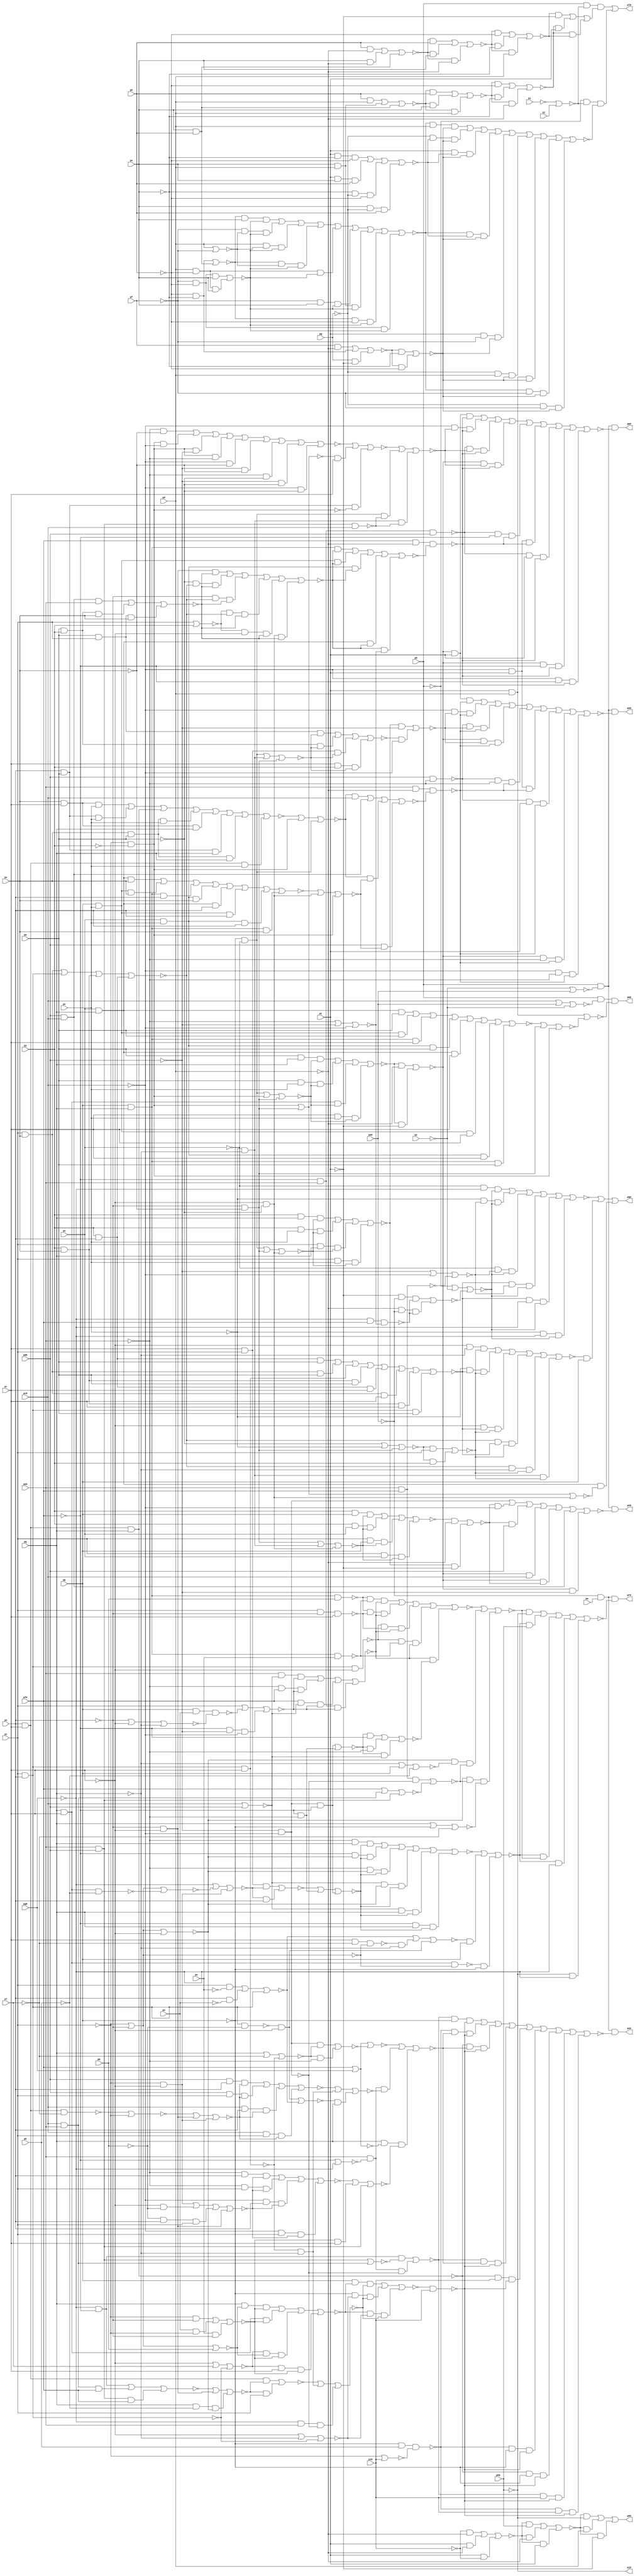
// Benchmark "top" written by ABC on Fri Mar 31 12:08:23 2023

module top ( 
    pp, pa0, pq, pr, pc0, ps, pd0, pt, pe0, pu, pf0, pv, pg0, pw, ph0, px,
    pi0, py, pz, pa, pb, pc, pd, pe, pf, pg, ph, pi, pj, pk, pl, pm, pn,
    po,
    pj0, pk0, pl0, pm0, pn0, po0, pp0, pq0, pr0, ps0  );
  input  pp, pa0, pq, pr, pc0, ps, pd0, pt, pe0, pu, pf0, pv, pg0, pw,
    ph0, px, pi0, py, pz, pa, pb, pc, pd, pe, pf, pg, ph, pi, pj, pk, pl,
    pm, pn, po;
  output pj0, pk0, pl0, pm0, pn0, po0, pp0, pq0, pr0, ps0;
  wire new_np_, new_na0_, new_nq_, new_nr_, new_nc0_, new_ns_, new_nd0_,
    new_nt_, new_ne0_, new_nu_, new_nf0_, new_nv_, new_ng0_, new_nw_,
    new_nh0_, new_nx_, new_ni0_, new_ny_, new_nz_, new_na_, new_nb_,
    new_nc_, new_nd_, new_ne_, new_nf_, new_ng_, new_nh_, new_ni_, new_nj_,
    new_nk_, new_nl_, new_nm_, new_nn_, new_no_, new_np0_, new_nj1_,
    new_n_n435_, new_n_n426_, new_n_n418_, new_n_n411_, new_n_n402_,
    new_n_n395_, new_n_n386_, new_n_n376_, new_n_n367_, new_n_n360_,
    new_nc3_, new_n_n346_, new_n_n338_, new_n_n329_, new_n_n320_, new_nq3_,
    new_n_n300_, new_n_n293_, new_no4_, new_nt4_, new_n_n277_, new_n_n273_,
    new_nk5_, new_np5_, new_nh6_, new_n_n232_, new_n_n224_, new_nu6_,
    new_n_n210_, new_n_n201_, new_n_n193_, new_n_n158_, new_n_n147_,
    new_n_n136_, new_n_n125_, new_n_n114_, new_n_n103_, new_nk0_, new_no0_,
    new_n_n443_, new_nt1_, new_nx1_, new_n_n419_, new_n_n410_, new_nh2_,
    new_nn2_, new_n_n387_, new_n_n385_, new_n_n366_, new_n_n361_, new_nw5_,
    new_nf3_, new_n_n337_, new_n_n330_, new_n_n319_, new_n_n313_,
    new_n_n299_, new_n_n294_, new_np4_, new_ns4_, new_ny4_, new_nh5_,
    new_n_n264_, new_n_n258_, new_n_n245_, new_n_n231_, new_n_n225_,
    new_n_n218_, new_n_n211_, new_na7_, new_n_n194_, new_n_n157_,
    new_n_n148_, new_n_n135_, new_n_n126_, new_n_n113_, new_n_n104_,
    new_n_n442_, new_n_n433_, new_nw1_, new_n_n420_, new_n_n409_, new_ni2_,
    new_n_n396_, new_nq2_, new_nu2_, new_nz2_, new_n_n353_, new_ne3_,
    new_n_n336_, new_nl3_, new_nm3_, new_n_n314_, new_n_n298_, new_n_n292_,
    new_n_n291_, new_n_n284_, new_n_n276_, new_n_n271_, new_ni5_,
    new_n_n259_, new_n_n244_, new_n_n239_, new_nn6_, new_n_n217_,
    new_n_n208_, new_n_n203_, new_ne7_, new_nk7_, new_n_n167_, new_n_n134_,
    new_n_n123_, new_n_n116_, new_n_n105_, new_n_n441_, new_n_n434_,
    new_n_n427_, new_n_n421_, new_n_n408_, new_n_n401_, new_nm2_,
    new_n_n388_, new_nv2_, new_n_n359_, new_nb3_, new_n_n347_, new_n_n335_,
    new_n_n328_, new_n_n321_, new_np3_, new_n_n297_, new_nh4_, new_n_n290_,
    new_n_n285_, new_nz4_, new_n_n272_, new_nj5_, new_n_n260_, new_nd6_,
    new_ni6_, new_nk6_, new_n_n216_, new_n_n209_, new_n_n202_, new_n_n195_,
    new_n_n173_, new_nq7_, new_n_n133_, new_n_n124_, new_n_n115_,
    new_n_n106_, new_n_n450_, new_nr0_, new_n_n429_, new_nz1_, new_n_n382_,
    new_n_n374_, new_n_n348_, new_nj3_, new_n_n311_, new_nz3_, new_nb5_,
    new_n_n269_, new_n_n254_, new_nv5_, new_nv6_, new_ny6_, new_n_n198_,
    new_n_n190_, new_n_n181_, new_n_n132_, new_n_n121_, new_n_n110_,
    new_n_n99_, new_n_n9_, new_nl0_, new_n_n446_, new_n_n428_, new_ny1_,
    new_n_n381_, new_nt2_, new_n_n354_, new_n_n327_, new_nt3_, new_n_n304_,
    new_nc5_, new_n_n270_, new_nq5_, new_n_n249_, new_nw6_, new_n_n207_,
    new_n_n191_, new_ng7_, new_n_n182_, new_n_n131_, new_n_n122_,
    new_n_n109_, new_n_n100_, new_n_n452_, new_n_n447_, new_nh1_, new_ns1_,
    new_n_n384_, new_n_n375_, new_n_n362_, new_n_n318_, new_ns3_,
    new_n_n305_, new_n_n263_, new_n_n256_, new_n_n250_, new_n_n215_,
    new_n_n200_, new_n_n192_, new_n_n130_, new_n_n119_, new_n_n112_,
    new_n_n101_, new_n_n451_, new_nq0_, new_n_n444_, new_n_n436_,
    new_n_n383_, new_ns2_, new_n_n368_, new_nr3_, new_n_n312_, new_ny3_,
    new_nm5_, new_n_n257_, new_n_n255_, new_n_n206_, new_n_n199_, new_nf7_,
    new_n_n129_, new_n_n120_, new_n_n111_, new_n_n102_, new_nm0_,
    new_n_n445_, new_nk2_, new_n_n393_, new_n_n379_, new_n_n370_,
    new_n_n363_, new_n_n317_, new_n_n309_, new_n_n301_, new_nf4_, new_nn4_,
    new_ns5_, new_nx5_, new_ng6_, new_n_n234_, new_n_n226_, new_n_n187_,
    new_nj7_, new_no7_, new_n_n161_, new_n_n150_, new_n_n139_, new_n_n5_,
    new_nn0_, new_nf1_, new_n_n400_, new_n_n394_, new_n_n378_, new_n_n371_,
    new_n_n355_, new_n_n326_, new_n_n308_, new_na4_, new_ng4_, new_nm4_,
    new_nt5_, new_n_n246_, new_n_n241_, new_n_n235_, new_nt6_, new_ni7_,
    new_n_n178_, new_n_n169_, new_n_n162_, new_n_n149_, new_n_n140_,
    new_n_n6_, new_n_n449_, new_ne1_, new_n_n414_, new_n_n406_,
    new_n_n380_, new_n_n372_, new_n_n349_, new_n_n334_, new_nw3_,
    new_n_n302_, new_n_n287_, new_nw4_, new_nr5_, new_n_n247_, new_n_n240_,
    new_n_n228_, new_ns6_, new_n_n189_, new_n_n179_, new_n_n168_,
    new_n_n159_, new_n_n152_, new_n_n141_, new_n_n7_, new_n_n448_,
    new_ns0_, new_nd2_, new_n_n407_, new_nr2_, new_n_n373_, new_ni3_,
    new_n_n343_, new_n_n310_, new_n_n303_, new_n_n286_, new_nv4_,
    new_n_n253_, new_n_n248_, new_n_n233_, new_n_n227_, new_n_n222_,
    new_n_n188_, new_n_n180_, new_np7_, new_n_n160_, new_n_n151_,
    new_n_n142_, new_n_n8_, new_n_n440_, new_n_n431_, new_n_n423_,
    new_n_n415_, new_ne2_, new_n_n404_, new_n_n397_, new_n_n389_,
    new_n_n365_, new_n_n358_, new_n_n350_, new_n_n344_, new_n_n342_,
    new_n_n333_, new_n_n323_, new_no3_, new_n_n296_, new_nj4_, new_nr4_,
    new_n_n281_, new_nx4_, new_n_n274_, new_n_n266_, new_no5_, new_nu5_,
    new_ne6_, new_n_n237_, new_nm6_, new_n_n223_, new_n_n214_, new_n_n204_,
    new_n_n196_, new_n_n184_, new_n_n174_, new_n_n172_, new_n_n165_,
    new_n_n154_, new_n_n143_, new_n_n118_, new_n_n107_, new_n_n1_,
    new_n_n439_, new_n_n432_, new_n_n422_, new_n_n416_, new_n_n413_,
    new_n_n405_, new_nl2_, new_n_n390_, new_n_n364_, new_na3_, new_nd3_,
    new_nh3_, new_n_n341_, new_nk3_, new_n_n322_, new_nn3_, new_n_n295_,
    new_ni4_, new_n_n288_, new_n_n282_, new_n_n280_, new_n_n275_,
    new_n_n265_, new_nn5_, new_nc6_, new_n_n243_, new_n_n238_, new_n_n229_,
    new_nq6_, new_n_n221_, new_nz6_, new_n_n197_, new_n_n183_, new_n_n175_,
    new_nl7_, new_n_n166_, new_n_n153_, new_n_n144_, new_n_n117_,
    new_n_n108_, new_n_n2_, new_n_n438_, new_nu1_, new_n_n425_,
    new_n_n417_, new_n_n412_, new_ng2_, new_n_n399_, new_n_n391_,
    new_n_n377_, new_nw2_, new_n_n356_, new_n_n352_, new_ng3_, new_n_n340_,
    new_n_n331_, new_n_n325_, new_n_n315_, new_n_n307_, new_nc4_, new_nd4_,
    new_nl4_, new_n_n289_, new_n_n283_, new_n_n279_, new_ng5_, new_n_n268_,
    new_n_n261_, new_n_n252_, new_nb6_, new_n_n242_, new_n_n236_, new_nl6_,
    new_np6_, new_n_n220_, new_n_n212_, new_nb7_, new_n_n186_, new_n_n176_,
    new_n_n171_, new_n_n163_, new_n_n156_, new_n_n145_, new_n_n138_,
    new_n_n127_, new_n_n3_, new_n_n437_, new_n_n430_, new_n_n424_,
    new_na2_, new_nf2_, new_n_n403_, new_n_n398_, new_n_n392_, new_n_n369_,
    new_ny2_, new_n_n357_, new_n_n351_, new_n_n345_, new_n_n339_,
    new_n_n332_, new_n_n324_, new_n_n316_, new_n_n306_, new_nb4_, new_ne4_,
    new_nk4_, new_nq4_, new_nu4_, new_n_n278_, new_nf5_, new_n_n267_,
    new_n_n262_, new_n_n251_, new_ny5_, new_nf6_, new_nj6_, new_n_n230_,
    new_no6_, new_n_n219_, new_n_n213_, new_n_n205_, new_n_n185_,
    new_n_n177_, new_n_n170_, new_n_n164_, new_n_n155_, new_n_n146_,
    new_n_n137_, new_n_n128_, new_n_n4_, new_n_n93_, new_n_n82_,
    new_n_n71_, new_n_n61_, new_n_n50_, new_n_n94_, new_n_n81_, new_n_n72_,
    new_n_n60_, new_n_n51_, new_n_n95_, new_n_n80_, new_n_n69_, new_n_n63_,
    new_n_n52_, new_n_n96_, new_n_n79_, new_n_n70_, new_n_n62_, new_n_n53_,
    new_n_n0_, new_n_n97_, new_n_n43_, new_n_n32_, new_n_n21_, new_n_n10_,
    new_n_n98_, new_n_n42_, new_n_n33_, new_n_n20_, new_n_n11_, new_n_n41_,
    new_n_n30_, new_n_n23_, new_n_n12_, new_n_n40_, new_n_n31_, new_n_n22_,
    new_n_n13_, new_n_n68_, new_n_n58_, new_n_n47_, new_n_n36_, new_n_n25_,
    new_n_n14_, new_n_n67_, new_n_n59_, new_n_n46_, new_n_n37_, new_n_n24_,
    new_n_n15_, new_n_n88_, new_n_n77_, new_n_n45_, new_n_n34_, new_n_n27_,
    new_n_n16_, new_n_n87_, new_n_n78_, new_n_n44_, new_n_n35_, new_n_n26_,
    new_n_n17_, new_n_n89_, new_n_n86_, new_n_n75_, new_n_n64_, new_n_n54_,
    new_n_n29_, new_n_n18_, new_n_n90_, new_n_n85_, new_n_n76_, new_nj0_,
    new_n_n55_, new_n_n28_, new_n_n19_, new_n_n91_, new_n_n84_, new_n_n73_,
    new_n_n66_, new_n_n56_, new_n_n49_, new_n_n38_, new_n_n92_, new_n_n83_,
    new_n_n74_, new_n_n65_, new_n_n57_, new_n_n48_, new_n_n39_;
  assign new_np_ = pp;
  assign new_na0_ = pa0;
  assign new_nq_ = pq;
  assign new_nr_ = pr;
  assign new_nc0_ = pc0;
  assign new_ns_ = ps;
  assign new_nd0_ = pd0;
  assign new_nt_ = pt;
  assign new_ne0_ = pe0;
  assign new_nu_ = pu;
  assign new_nf0_ = pf0;
  assign new_nv_ = pv;
  assign new_ng0_ = pg0;
  assign new_nw_ = pw;
  assign new_nh0_ = ph0;
  assign new_nx_ = px;
  assign new_ni0_ = pi0;
  assign new_ny_ = py;
  assign pj0 = new_nj0_;
  assign new_nz_ = pz;
  assign pk0 = new_nk0_;
  assign pl0 = new_nl0_;
  assign pm0 = new_nm0_;
  assign pn0 = new_nn0_;
  assign po0 = new_no0_;
  assign pp0 = new_np0_;
  assign new_na_ = pa;
  assign pq0 = new_nq0_;
  assign new_nb_ = pb;
  assign pr0 = new_nr0_;
  assign new_nc_ = pc;
  assign ps0 = new_ns0_;
  assign new_nd_ = pd;
  assign new_ne_ = pe;
  assign new_nf_ = pf;
  assign new_ng_ = pg;
  assign new_nh_ = ph;
  assign new_ni_ = pi;
  assign new_nj_ = pj;
  assign new_nk_ = pk;
  assign new_nl_ = pl;
  assign new_nm_ = pm;
  assign new_nn_ = pn;
  assign new_no_ = po;
  assign new_np0_ = new_nb_ & new_n_n8_ & new_n_n7_;
  assign new_nj1_ = new_n_n438_ | new_n_n437_ | new_n_n443_ | new_n_n436_ | new_n_n442_ | new_n_n441_ | new_n_n440_ | new_n_n439_;
  assign new_n_n435_ = new_n_n129_ & new_n_n133_;
  assign new_n_n426_ = new_n_n18_ & new_n_n161_;
  assign new_n_n418_ = new_nt_ & new_nq_ & new_n_n20_;
  assign new_n_n411_ = new_n_n133_ & new_n_n131_ & new_n_n23_;
  assign new_n_n402_ = new_n_n25_ & new_n_n133_;
  assign new_n_n395_ = new_n_n107_ & new_n_n49_;
  assign new_n_n386_ = new_nu_ & new_nq_ & new_ns_;
  assign new_n_n376_ = new_nr_ & new_nt_ & new_n_n32_;
  assign new_n_n367_ = new_n_n33_ & new_n_n35_ & new_n_n34_;
  assign new_n_n360_ = new_np_ & new_nv_ & new_n_n40_;
  assign new_nc3_ = new_n_n351_ | new_nw5_ | new_n_n350_ | new_n_n352_;
  assign new_n_n346_ = new_n_n44_ & new_nr_;
  assign new_n_n338_ = new_n_n131_ & new_n_n63_;
  assign new_n_n329_ = new_n_n140_ & new_n_n52_ & new_n_n47_;
  assign new_n_n320_ = new_nt_ & new_nx_ & new_nr_;
  assign new_nq3_ = new_n_n121_ & new_nf0_ & new_n_n59_;
  assign new_n_n300_ = new_n_n122_ & new_nq_ & new_n_n74_;
  assign new_n_n293_ = new_nr_ & new_nt_ & new_n_n76_;
  assign new_no4_ = new_n_n124_ | new_np_ | new_n_n119_;
  assign new_nt4_ = new_nt_ & new_ns_ & new_n_n140_;
  assign new_n_n277_ = new_nf0_ & new_n_n91_ & new_n_n90_;
  assign new_n_n273_ = new_n_n94_ & new_ni0_ & new_n_n96_;
  assign new_nk5_ = new_n_n263_ | new_n_n264_;
  assign new_np5_ = new_n_n255_ | new_n_n257_ | new_n_n254_ | new_n_n256_;
  assign new_nh6_ = new_nq_ | new_n_n142_ | new_n_n130_;
  assign new_n_n232_ = new_n_n140_ & new_n_n134_;
  assign new_n_n224_ = new_n_n143_ & new_n_n140_;
  assign new_nu6_ = new_n_n218_ | new_n_n217_ | new_n_n216_;
  assign new_n_n210_ = new_n_n149_ & new_nd_ & new_n_n147_;
  assign new_n_n201_ = new_n_n152_ & new_nd_;
  assign new_n_n193_ = new_ne_ & new_nd_;
  assign new_n_n158_ = ~new_no7_;
  assign new_n_n147_ = ~new_nk7_;
  assign new_n_n136_ = ~new_nm4_;
  assign new_n_n125_ = ~new_nl6_;
  assign new_n_n114_ = ~new_nt5_;
  assign new_n_n103_ = ~new_nb6_;
  assign new_nk0_ = new_n_n452_ | new_n_n451_ | new_n_n450_;
  assign new_no0_ = new_nb_ & new_n_n8_ & new_n_n6_;
  assign new_n_n443_ = new_np_ & new_nq_ & new_nr_;
  assign new_nt1_ = new_n_n435_ | new_n_n434_ | new_n_n433_ | new_n_n432_ | new_n_n430_ | new_n_n400_ | new_n_n431_;
  assign new_nx1_ = new_n_n423_ | new_n_n425_ | new_n_n422_ | new_n_n424_;
  assign new_n_n419_ = new_ny_ & new_nq_ & new_n_n20_;
  assign new_n_n410_ = new_n_n22_ & new_n_n131_ & new_n_n23_;
  assign new_nh2_ = new_n_n401_ | new_n_n402_;
  assign new_nn2_ = new_n_n390_ | new_n_n389_ | new_nj5_ | new_n_n388_ | new_n_n394_ | new_n_n393_ | new_n_n392_ | new_n_n391_;
  assign new_n_n387_ = new_np_ & new_nq_ & new_ns_;
  assign new_n_n385_ = new_np_ & new_nv_ & new_ns_;
  assign new_n_n366_ = new_n_n36_ & new_n_n35_ & new_n_n34_;
  assign new_n_n361_ = new_nu_ & new_nq_ & new_n_n40_;
  assign new_nw5_ = new_ns_ & new_nt_;
  assign new_nf3_ = new_n_n43_ | new_n_n346_ | new_n_n345_;
  assign new_n_n337_ = new_n_n143_ & new_n_n46_ & new_n_n133_;
  assign new_n_n330_ = new_n_n62_ & new_n_n52_ & new_n_n47_;
  assign new_n_n319_ = new_ny_ & new_nx_ & new_nr_;
  assign new_n_n313_ = new_n_n162_ & new_n_n58_ & new_n_n57_;
  assign new_n_n299_ = new_n_n131_ & new_nq_ & new_n_n74_;
  assign new_n_n294_ = new_n_n76_ & new_ns_;
  assign new_np4_ = new_n_n289_ | new_n_n82_;
  assign new_ns4_ = new_nq_ & new_np_ & new_nm_;
  assign new_ny4_ = new_nt_ | new_n_n92_ | new_n_n276_;
  assign new_nh5_ = new_n_n268_ | new_n_n267_ | new_n_n266_ | new_n_n265_ | new_n_n272_ | new_n_n270_ | new_n_n269_ | new_n_n271_ | new_n_n273_;
  assign new_n_n264_ = new_ne0_ & new_n_n103_ & new_n_n115_;
  assign new_n_n258_ = new_n_n110_ & new_n_n109_ & new_n_n108_;
  assign new_n_n245_ = new_n_n130_ & new_n_n124_;
  assign new_n_n231_ = new_n_n134_ & new_ns_ & new_nt_;
  assign new_n_n225_ = new_n_n139_ & new_n_n140_;
  assign new_n_n218_ = new_n_n145_ & new_n_n161_;
  assign new_n_n211_ = new_nc_ & new_nd_ & new_n_n147_;
  assign new_na7_ = new_n_n200_ | new_n_n199_ | new_n_n198_;
  assign new_n_n194_ = new_nh_ & new_nd_;
  assign new_n_n157_ = ~new_np7_;
  assign new_n_n148_ = ~new_nj7_;
  assign new_n_n135_ = ~new_nn4_;
  assign new_n_n126_ = ~new_nj6_;
  assign new_n_n113_ = ~new_nx5_;
  assign new_n_n104_ = ~new_ne6_;
  assign new_n_n442_ = new_nu_ & new_nq_ & new_nr_;
  assign new_n_n433_ = new_n_n16_ & new_nd0_;
  assign new_nw1_ = new_n_n426_ | new_n_n427_;
  assign new_n_n420_ = new_nt_ & new_nv_ & new_n_n20_;
  assign new_n_n409_ = new_n_n36_ & new_n_n131_ & new_n_n23_;
  assign new_ni2_ = new_ne0_ & new_n_n161_ & new_n_n27_;
  assign new_n_n396_ = new_n_n140_ & new_n_n61_;
  assign new_nq2_ = new_n_n382_ | new_n_n381_ | new_n_n387_ | new_n_n380_ | new_n_n386_ | new_n_n385_ | new_n_n384_ | new_n_n383_;
  assign new_nu2_ = new_n_n122_ & new_ne0_ & new_nd0_;
  assign new_nz2_ = new_n_n131_ | new_n_n129_ | new_n_n133_;
  assign new_n_n353_ = new_n_n42_ & new_n_n48_ & new_n_n41_;
  assign new_ne3_ = new_ne0_ & new_nd0_ & new_nc0_;
  assign new_n_n336_ = new_n_n143_ & new_n_n46_ & new_n_n129_;
  assign new_nl3_ = new_n_n326_ | new_n_n324_ | new_n_n323_ | new_n_n322_ | new_n_n325_ | new_n_n327_;
  assign new_nm3_ = new_n_n317_ | new_n_n316_ | new_ns5_ | new_n_n315_ | new_n_n321_ | new_n_n320_ | new_n_n319_ | new_n_n318_;
  assign new_n_n314_ = new_n_n161_ & new_n_n58_ & new_n_n57_;
  assign new_n_n298_ = new_n_n91_ & new_nq_ & new_n_n74_;
  assign new_n_n292_ = new_n_n140_ & new_n_n143_;
  assign new_n_n291_ = new_nt_ & new_n_n80_;
  assign new_n_n284_ = new_n_n88_ & new_n_n87_ & new_n_n86_;
  assign new_n_n276_ = new_n_n122_ & new_n_n129_ & new_n_n133_;
  assign new_n_n271_ = new_n_n98_ & new_ni0_ & new_n_n96_;
  assign new_ni5_ = new_n_n107_ & new_nk_ & new_n_n99_;
  assign new_n_n259_ = new_n_n107_ & new_n_n109_ & new_n_n108_;
  assign new_n_n244_ = new_n_n125_ & new_nq_;
  assign new_n_n239_ = new_n_n143_ & new_n_n139_;
  assign new_nn6_ = new_n_n138_ | new_n_n225_ | new_n_n224_;
  assign new_n_n217_ = new_nc_ & new_n_n161_;
  assign new_n_n208_ = new_nc_ & new_n_n148_ & new_n_n147_;
  assign new_n_n203_ = new_n_n152_ & new_n_n164_;
  assign new_ne7_ = new_n_n194_ | new_n_n193_ | new_n_n187_;
  assign new_nk7_ = new_n_n172_ | new_n_n173_;
  assign new_n_n167_ = new_nd_ & new_n_n164_ & new_ne_;
  assign new_n_n134_ = ~new_nm_;
  assign new_n_n123_ = ~new_nm6_;
  assign new_n_n116_ = ~new_nu5_;
  assign new_n_n105_ = ~new_nd6_;
  assign new_n_n441_ = new_np_ & new_nv_ & new_nr_;
  assign new_n_n434_ = new_n_n16_ & new_n_n133_;
  assign new_n_n427_ = new_n_n18_ & new_n_n162_;
  assign new_n_n421_ = new_ny_ & new_nv_ & new_n_n20_;
  assign new_n_n408_ = new_n_n133_ & new_nc_ & new_n_n23_;
  assign new_n_n401_ = new_n_n26_ & new_n_n129_;
  assign new_nm2_ = new_n_n31_ | new_ng3_ | new_n_n395_;
  assign new_n_n388_ = new_nx_ & new_nw_ & new_nv_;
  assign new_nv2_ = new_n_n37_ | new_n_n365_ | new_n_n364_;
  assign new_n_n359_ = new_nu_ & new_nv_ & new_n_n40_;
  assign new_nb3_ = new_nt_ | new_ny_;
  assign new_n_n347_ = new_nw_ & new_nt_ & new_nx_;
  assign new_n_n335_ = new_n_n143_ & new_n_n46_ & new_n_n131_;
  assign new_n_n328_ = new_n_n48_ & new_n_n52_ & new_n_n47_;
  assign new_n_n321_ = new_ny_ & new_ns_ & new_nr_;
  assign new_np3_ = new_n_n313_ | new_n_n314_;
  assign new_n_n297_ = new_n_n122_ & new_n_n118_ & new_n_n74_;
  assign new_nh4_ = new_n_n121_ | new_n_n77_ | new_n_n292_;
  assign new_n_n290_ = new_ns_ & new_n_n81_;
  assign new_n_n285_ = new_n_n85_ & new_n_n87_ & new_n_n86_;
  assign new_nz4_ = new_np_ & new_no_ & new_n_n93_;
  assign new_n_n272_ = new_n_n95_ & new_ni0_ & new_n_n96_;
  assign new_nj5_ = new_ns_ & new_nr_ & new_nq_;
  assign new_n_n260_ = new_np_ & new_n_n110_ & new_n_n108_;
  assign new_nd6_ = new_nf0_ | new_ng0_;
  assign new_ni6_ = new_n_n239_ | new_n_n238_ | new_n_n237_;
  assign new_nk6_ = new_n_n224_ | new_n_n232_ | new_n_n231_ | new_n_n225_;
  assign new_n_n216_ = new_nc_ & new_n_n145_;
  assign new_n_n209_ = new_n_n159_ & new_n_n148_ & new_n_n147_;
  assign new_n_n202_ = new_n_n152_ & new_n_n163_;
  assign new_n_n195_ = new_n_n154_ & new_nd_;
  assign new_n_n173_ = new_n_n160_ & new_n_n164_;
  assign new_nq7_ = new_n_n166_ | new_n_n167_;
  assign new_n_n133_ = ~new_nc0_;
  assign new_n_n124_ = ~new_nq_;
  assign new_n_n115_ = ~new_nf5_;
  assign new_n_n106_ = ~new_no5_;
  assign new_n_n450_ = new_n_n0_ & new_n_n162_;
  assign new_nr0_ = new_n_n58_ & new_na_ & new_n_n12_;
  assign new_n_n429_ = new_n_n26_ & new_n_n162_;
  assign new_nz1_ = new_n_n419_ | new_n_n421_ | new_n_n418_ | new_n_n420_;
  assign new_n_n382_ = new_nu_ & new_nq_ & new_nx_;
  assign new_n_n374_ = new_n_n133_ & new_n_n122_ & new_n_n34_;
  assign new_n_n348_ = new_nw_ & new_ny_ & new_nx_;
  assign new_nj3_ = new_n_n344_ | new_n_n334_ | new_n_n412_;
  assign new_n_n311_ = new_n_n60_ & new_nt_;
  assign new_nz3_ = new_n_n70_ | new_n_n303_ | new_n_n302_;
  assign new_nb5_ = new_n_n139_ | new_n_n140_ | new_n_n124_;
  assign new_n_n269_ = new_n_n95_ & new_n_n107_ & new_n_n96_;
  assign new_n_n254_ = new_n_n113_ & new_n_n112_ & new_n_n111_;
  assign new_nv5_ = new_n_n248_ | new_n_n247_ | new_n_n246_;
  assign new_nv6_ = new_n_n146_ | new_nj_;
  assign new_ny6_ = new_n_n206_ | new_n_n205_ | new_n_n204_;
  assign new_n_n198_ = new_n_n153_ & new_n_n161_;
  assign new_n_n190_ = new_n_n155_ & new_n_n161_;
  assign new_n_n181_ = new_n_n158_ & new_ne_ & new_n_n156_;
  assign new_n_n132_ = ~new_nk6_;
  assign new_n_n121_ = ~new_ng0_;
  assign new_n_n110_ = ~new_np5_;
  assign new_n_n99_ = ~new_ns6_;
  assign new_n_n9_ = ~new_nl3_;
  assign new_nl0_ = new_n_n448_ | new_n_n449_;
  assign new_n_n446_ = new_nu_ & new_nq_ & new_n_n11_;
  assign new_n_n428_ = new_n_n17_ & new_n_n161_;
  assign new_ny1_ = new_n_n413_ | new_n_n344_ | new_n_n334_;
  assign new_n_n381_ = new_np_ & new_nv_ & new_nx_;
  assign new_nt2_ = new_n_n369_ | new_n_n368_ | new_n_n367_ | new_n_n366_ | new_n_n373_ | new_n_n371_ | new_n_n370_ | new_n_n372_ | new_n_n374_;
  assign new_n_n354_ = new_n_n139_ & new_n_n48_ & new_n_n41_;
  assign new_n_n327_ = new_n_n62_ & new_n_n121_ & new_n_n50_;
  assign new_nt3_ = new_n_n61_ | new_n_n62_ | new_n_n334_;
  assign new_n_n304_ = new_n_n118_ & new_n_n69_ & new_n_n68_;
  assign new_nc5_ = new_n_n274_ | new_n_n275_;
  assign new_n_n270_ = new_n_n94_ & new_n_n107_ & new_n_n96_;
  assign new_nq5_ = new_n_n140_ | new_n_n124_ | new_n_n120_;
  assign new_n_n249_ = new_nq_ & new_n_n119_ & new_n_n118_;
  assign new_nw6_ = new_n_n210_ | new_n_n209_ | new_n_n208_ | new_n_n207_ | new_n_n214_ | new_n_n212_ | new_n_n211_ | new_n_n213_ | new_n_n215_;
  assign new_n_n207_ = new_n_n149_ & new_n_n148_ & new_n_n147_;
  assign new_n_n191_ = new_n_n155_ & new_ne_;
  assign new_ng7_ = new_n_n189_ | new_n_n188_ | new_n_n187_;
  assign new_n_n182_ = new_nd_ & new_ne_ & new_n_n156_;
  assign new_n_n131_ = ~new_ne0_;
  assign new_n_n122_ = ~new_nf0_;
  assign new_n_n109_ = ~new_nq5_;
  assign new_n_n100_ = ~new_nq6_;
  assign new_n_n452_ = new_n_n0_ & new_nj0_;
  assign new_n_n447_ = new_n_n10_ & new_np_;
  assign new_nh1_ = new_n_n15_ | new_n_n444_ | new_ng3_;
  assign new_ns1_ = new_n_n55_ | new_na0_;
  assign new_n_n384_ = new_nu_ & new_nv_ & new_ns_;
  assign new_n_n375_ = new_n_n62_ & new_n_n124_;
  assign new_n_n362_ = new_np_ & new_nq_ & new_n_n40_;
  assign new_n_n318_ = new_nt_ & new_ns_ & new_nw_;
  assign new_ns3_ = new_n_n311_ | new_n_n312_;
  assign new_n_n305_ = new_n_n118_ & new_n_n67_ & new_n_n69_;
  assign new_n_n263_ = new_n_n121_ & new_n_n122_ & new_n_n100_;
  assign new_n_n256_ = new_n_n113_ & new_nr_ & new_n_n111_;
  assign new_n_n250_ = new_n_n140_ & new_n_n139_;
  assign new_n_n215_ = new_n_n159_ & new_n_n165_ & new_n_n147_;
  assign new_n_n200_ = new_n_n153_ & new_n_n164_;
  assign new_n_n192_ = new_n_n155_ & new_nh_;
  assign new_n_n130_ = ~new_ns5_;
  assign new_n_n119_ = ~new_nk_;
  assign new_n_n112_ = ~new_ny5_;
  assign new_n_n101_ = ~new_nf6_;
  assign new_n_n451_ = new_n_n0_ & new_nd_;
  assign new_nq0_ = new_n_n9_ | new_n_n447_ | new_n_n446_;
  assign new_n_n444_ = new_n_n139_ & new_n_n63_;
  assign new_n_n436_ = new_nu_ & new_nv_ & new_nw_;
  assign new_n_n383_ = new_np_ & new_nq_ & new_nx_;
  assign new_ns2_ = new_n_n413_ | new_n_n375_ | new_n_n334_;
  assign new_n_n368_ = new_n_n133_ & new_n_n35_ & new_n_n34_;
  assign new_nr3_ = new_ne0_ & new_nf0_;
  assign new_n_n312_ = new_n_n60_ & new_ny_;
  assign new_ny3_ = new_n_n66_ | new_n_n305_ | new_n_n304_;
  assign new_nm5_ = new_n_n101_ | new_n_n262_ | new_n_n261_;
  assign new_n_n257_ = new_nq_ & new_nr_ & new_n_n111_;
  assign new_n_n255_ = new_nq_ & new_n_n112_ & new_n_n111_;
  assign new_n_n206_ = new_n_n151_ & new_n_n162_;
  assign new_n_n199_ = new_n_n153_ & new_n_n163_;
  assign new_nf7_ = new_n_n192_ | new_n_n191_ | new_n_n190_;
  assign new_n_n129_ = ~new_nd0_;
  assign new_n_n120_ = ~new_nw5_;
  assign new_n_n111_ = ~new_ni6_;
  assign new_n_n102_ = ~new_nc6_;
  assign new_nm0_ = new_nb_ & new_n_n4_ & new_n_n3_;
  assign new_n_n445_ = new_nd_ & new_nc_;
  assign new_nk2_ = new_n_n398_ | new_n_n400_ | new_n_n397_ | new_n_n399_;
  assign new_n_n393_ = new_ns_ & new_nw_ & new_nq_;
  assign new_n_n379_ = new_nw_ & new_ny_ & new_n_n32_;
  assign new_n_n370_ = new_n_n33_ & new_nc_ & new_n_n34_;
  assign new_n_n363_ = new_n_n40_ & new_n_n59_;
  assign new_n_n317_ = new_ny_ & new_ns_ & new_nw_;
  assign new_n_n309_ = new_n_n65_ & new_nj0_;
  assign new_n_n301_ = new_n_n73_ & new_n_n124_;
  assign new_nf4_ = new_n_n75_ | new_n_n275_ | new_n_n274_;
  assign new_nn4_ = new_n_n291_ | new_n_n290_ | new_nw5_;
  assign new_ns5_ = new_nt_ & new_ns_ & new_nr_;
  assign new_nx5_ = new_n_n140_ | new_nl_ | new_n_n120_;
  assign new_ng6_ = new_n_n240_ | new_n_n241_;
  assign new_n_n234_ = new_n_n131_ & new_ns_ & new_n_n132_;
  assign new_n_n226_ = new_nc0_ & new_ns_ & new_n_n137_;
  assign new_n_n187_ = new_ne_ & new_nh_;
  assign new_nj7_ = new_n_n175_ | new_n_n177_ | new_n_n174_ | new_n_n176_;
  assign new_no7_ = new_n_n168_ | new_n_n169_;
  assign new_n_n161_ = ~new_nd_;
  assign new_n_n150_ = ~new_na7_;
  assign new_n_n139_ = ~new_ns_;
  assign new_n_n5_ = ~new_nt1_;
  assign new_nn0_ = new_nb_ & new_n_n8_ & new_n_n5_;
  assign new_nf1_ = new_n_n445_ | new_n_n14_;
  assign new_n_n400_ = new_nd0_ & new_nc0_;
  assign new_n_n394_ = new_nx_ & new_nr_ & new_nq_;
  assign new_n_n378_ = new_nr_ & new_ny_ & new_n_n32_;
  assign new_n_n371_ = new_n_n133_ & new_nc_ & new_n_n34_;
  assign new_n_n355_ = new_n_n61_ & new_n_n48_ & new_n_n41_;
  assign new_n_n326_ = new_n_n49_ & new_n_n121_ & new_n_n50_;
  assign new_n_n308_ = new_n_n64_ & new_n_n121_;
  assign new_na4_ = new_n_n135_ | new_n_n301_ | new_n_n230_;
  assign new_ng4_ = new_n_n293_ | new_n_n294_;
  assign new_nm4_ = new_nt_ & new_ns_ & new_n_n134_;
  assign new_nt5_ = new_n_n251_ | new_n_n252_;
  assign new_n_n246_ = new_nd0_ & new_ne0_ & new_nf0_;
  assign new_n_n241_ = new_n_n128_ & new_n_n131_;
  assign new_n_n235_ = new_n_n133_ & new_nt_ & new_n_n132_;
  assign new_nt6_ = new_n_n221_ | new_n_n220_ | new_n_n219_;
  assign new_ni7_ = new_n_n181_ | new_n_n180_ | new_n_n179_ | new_n_n178_ | new_n_n185_ | new_n_n183_ | new_n_n182_ | new_n_n184_ | new_n_n186_;
  assign new_n_n178_ = new_n_n158_ & new_n_n157_ & new_n_n156_;
  assign new_n_n169_ = new_nh_ & new_ne_;
  assign new_n_n162_ = ~new_nc_;
  assign new_n_n149_ = ~new_ni7_;
  assign new_n_n140_ = ~new_nr_;
  assign new_n_n6_ = ~new_nf2_;
  assign new_n_n449_ = new_n_n54_ & new_n_n2_ & new_n_n1_;
  assign new_ne1_ = new_nc0_ | new_na0_ | new_n_n55_;
  assign new_n_n414_ = new_nt_ & new_np_ & new_n_n21_;
  assign new_n_n406_ = new_n_n36_ & new_nc_ & new_n_n23_;
  assign new_n_n380_ = new_nu_ & new_nv_ & new_nx_;
  assign new_n_n372_ = new_n_n36_ & new_n_n122_ & new_n_n34_;
  assign new_n_n349_ = new_nc0_ & new_nd0_ & new_ne0_;
  assign new_n_n334_ = new_n_n63_ & new_n_n139_;
  assign new_nw3_ = new_n_n309_ | new_n_n307_ | new_n_n306_ | new_n_n308_ | new_n_n310_;
  assign new_n_n302_ = new_n_n72_ & new_n_n107_;
  assign new_n_n287_ = new_n_n85_ & new_n_n84_ & new_n_n86_;
  assign new_nw4_ = new_nt_ & new_n_n139_ & new_nr_;
  assign new_nr5_ = new_n_n114_ | new_n_n245_ | new_n_n253_;
  assign new_n_n247_ = new_nc0_ & new_ne0_ & new_nf0_;
  assign new_n_n240_ = new_n_n133_ & new_n_n129_ & new_n_n128_;
  assign new_n_n228_ = new_nc0_ & new_nt_ & new_n_n137_;
  assign new_ns6_ = new_n_n143_ | new_ni0_;
  assign new_n_n189_ = new_nh_ & new_n_n161_;
  assign new_n_n179_ = new_nd_ & new_n_n157_ & new_n_n156_;
  assign new_n_n168_ = new_n_n164_ & new_n_n163_;
  assign new_n_n159_ = ~new_ng_;
  assign new_n_n152_ = ~new_nf7_;
  assign new_n_n141_ = ~new_np6_;
  assign new_n_n7_ = ~new_nt2_;
  assign new_n_n448_ = new_nb_ & new_n_n2_ & new_ny6_;
  assign new_ns0_ = new_n_n58_ & new_na_ & new_n_n13_;
  assign new_nd2_ = new_n_n334_ | new_n_n375_ | new_n_n412_;
  assign new_n_n407_ = new_n_n22_ & new_nc_ & new_n_n23_;
  assign new_nr2_ = new_n_n377_ | new_n_n379_ | new_n_n376_ | new_n_n378_;
  assign new_n_n373_ = new_n_n33_ & new_n_n122_ & new_n_n34_;
  assign new_ni3_ = new_n_n338_ | new_n_n337_ | new_n_n336_ | new_n_n335_ | new_n_n342_ | new_n_n340_ | new_n_n339_ | new_n_n341_ | new_n_n343_;
  assign new_n_n343_ = new_n_n133_ & new_n_n61_;
  assign new_n_n310_ = new_nj0_ & new_n_n121_;
  assign new_n_n303_ = new_n_n71_ & new_np_;
  assign new_n_n286_ = new_n_n88_ & new_n_n84_ & new_n_n86_;
  assign new_nv4_ = new_nq_ & new_np_ & new_nn_;
  assign new_n_n253_ = new_n_n121_ & new_ne0_ & new_n_n115_;
  assign new_n_n248_ = new_n_n121_ & new_n_n122_;
  assign new_n_n233_ = new_n_n133_ & new_ns_ & new_n_n132_;
  assign new_n_n227_ = new_nd0_ & new_ns_ & new_n_n137_;
  assign new_n_n222_ = new_ne0_ & new_nd0_;
  assign new_n_n188_ = new_ne_ & new_n_n161_;
  assign new_n_n180_ = new_n_n165_ & new_n_n157_ & new_n_n156_;
  assign new_np7_ = new_nd_ | new_n_n165_;
  assign new_n_n160_ = ~new_nl7_;
  assign new_n_n151_ = ~new_nz6_;
  assign new_n_n142_ = ~new_nl_;
  assign new_n_n8_ = ~new_ns1_;
  assign new_n_n440_ = new_nu_ & new_nv_ & new_nr_;
  assign new_n_n431_ = new_n_n36_ & new_n_n129_;
  assign new_n_n423_ = new_nw_ & new_nq_ & new_n_n19_;
  assign new_n_n415_ = new_ny_ & new_np_ & new_n_n21_;
  assign new_ne2_ = new_n_n413_ | new_n_n334_ | new_n_n412_;
  assign new_n_n404_ = new_n_n22_ & new_n_n24_ & new_n_n23_;
  assign new_n_n397_ = new_n_n28_ & new_n_n29_;
  assign new_n_n389_ = new_ns_ & new_nw_ & new_nv_;
  assign new_n_n365_ = new_n_n107_ & new_n_n49_ & new_n_n38_;
  assign new_n_n358_ = new_n_n61_ & new_n_n140_ & new_n_n41_;
  assign new_n_n350_ = new_nx_ & new_ny_;
  assign new_n_n344_ = new_n_n46_ & new_n_n143_;
  assign new_n_n342_ = new_n_n133_ & new_n_n63_;
  assign new_n_n333_ = new_n_n62_ & new_n_n124_ & new_n_n47_;
  assign new_n_n323_ = new_n_n49_ & new_n_n51_ & new_n_n50_;
  assign new_no3_ = new_n_n54_ | new_n_n55_ | new_n_n56_;
  assign new_n_n296_ = new_n_n131_ & new_n_n118_ & new_n_n74_;
  assign new_nj4_ = new_nr_ & new_nq_ & new_n_n119_;
  assign new_nr4_ = new_n_n287_ | new_n_n285_ | new_n_n284_ | new_n_n286_ | new_n_n288_;
  assign new_n_n281_ = new_n_n89_ & new_n_n91_;
  assign new_nx4_ = new_n_n278_ | new_n_n280_ | new_n_n277_ | new_n_n279_;
  assign new_n_n274_ = new_n_n133_ & new_n_n129_ & new_n_n122_;
  assign new_n_n266_ = new_n_n95_ & new_n_n97_ & new_n_n96_;
  assign new_no5_ = new_n_n260_ | new_n_n259_ | new_n_n258_;
  assign new_nu5_ = new_n_n117_ | new_n_n250_ | new_n_n249_;
  assign new_ne6_ = new_n_n126_ | new_n_n243_ | new_n_n242_;
  assign new_n_n237_ = new_nn_ & new_n_n139_;
  assign new_nm6_ = new_n_n227_ | new_n_n229_ | new_n_n226_ | new_n_n228_;
  assign new_n_n223_ = new_ne0_ & new_nc0_;
  assign new_n_n214_ = new_nc_ & new_n_n165_ & new_n_n147_;
  assign new_n_n204_ = new_n_n150_ & new_n_n151_;
  assign new_n_n196_ = new_n_n154_ & new_ne_;
  assign new_n_n184_ = new_n_n158_ & new_n_n164_ & new_n_n156_;
  assign new_n_n174_ = new_n_n163_ & new_n_n159_ & new_n_n164_;
  assign new_n_n172_ = new_n_n160_ & new_n_n163_;
  assign new_n_n165_ = ~new_nf_;
  assign new_n_n154_ = ~new_ne7_;
  assign new_n_n143_ = ~new_nt_;
  assign new_n_n118_ = ~new_ne4_;
  assign new_n_n107_ = ~new_np_;
  assign new_n_n1_ = ~new_nw6_;
  assign new_n_n439_ = new_np_ & new_nq_ & new_nw_;
  assign new_n_n432_ = new_n_n36_ & new_nc0_;
  assign new_n_n422_ = new_nr_ & new_nq_ & new_n_n19_;
  assign new_n_n416_ = new_nt_ & new_nu_ & new_n_n21_;
  assign new_n_n413_ = new_n_n49_ & new_n_n107_;
  assign new_n_n405_ = new_n_n133_ & new_n_n24_ & new_n_n23_;
  assign new_nl2_ = new_n_n30_ | new_n_n396_ | new_ng3_;
  assign new_n_n390_ = new_nx_ & new_nr_ & new_nv_;
  assign new_n_n364_ = new_n_n124_ & new_n_n62_ & new_n_n38_;
  assign new_na3_ = new_n_n357_ | new_n_n355_ | new_n_n354_ | new_n_n353_ | new_n_n356_ | new_n_n358_;
  assign new_nd3_ = new_n_n349_ | new_n_n348_ | new_n_n347_;
  assign new_nh3_ = new_n_n334_ | new_n_n344_;
  assign new_n_n341_ = new_n_n129_ & new_n_n61_;
  assign new_nk3_ = new_n_n332_ | new_n_n330_ | new_n_n329_ | new_n_n328_ | new_n_n331_ | new_n_n333_;
  assign new_n_n322_ = new_n_n52_ & new_n_n51_ & new_n_n50_;
  assign new_nn3_ = new_n_n129_ | new_n_n133_ | new_n_n53_;
  assign new_n_n295_ = new_n_n91_ & new_n_n118_ & new_n_n74_;
  assign new_ni4_ = new_n_n143_ | new_n_n139_ | new_n_n78_;
  assign new_n_n288_ = new_n_n86_ & new_n_n83_;
  assign new_n_n282_ = new_n_n89_ & new_n_n131_;
  assign new_n_n280_ = new_n_n131_ & new_nf0_ & new_n_n90_;
  assign new_n_n275_ = new_n_n122_ & new_n_n131_;
  assign new_n_n265_ = new_n_n98_ & new_n_n97_ & new_n_n96_;
  assign new_nn5_ = new_n_n106_ & new_ni0_;
  assign new_nc6_ = new_n_n123_ | new_n_n245_ | new_n_n244_;
  assign new_n_n243_ = new_n_n111_ & new_nr_;
  assign new_n_n238_ = new_no_ & new_n_n143_;
  assign new_n_n229_ = new_nd0_ & new_nt_ & new_n_n137_;
  assign new_nq6_ = new_n_n222_ | new_n_n223_;
  assign new_n_n221_ = new_n_n144_ & new_nh0_;
  assign new_nz6_ = new_n_n203_ | new_n_n202_ | new_n_n201_;
  assign new_n_n197_ = new_n_n154_ & new_nh_;
  assign new_n_n183_ = new_n_n165_ & new_ne_ & new_n_n156_;
  assign new_n_n175_ = new_nc_ & new_n_n163_ & new_n_n164_;
  assign new_nl7_ = new_n_n171_ | new_n_n168_ | new_n_n170_;
  assign new_n_n166_ = new_n_n165_ & new_n_n164_ & new_ne_;
  assign new_n_n153_ = ~new_nb7_;
  assign new_n_n144_ = ~new_nu6_;
  assign new_n_n117_ = ~new_nv5_;
  assign new_n_n108_ = ~new_nr5_;
  assign new_n_n2_ = ~new_nv6_;
  assign new_n_n438_ = new_nu_ & new_nq_ & new_nw_;
  assign new_nu1_ = new_n_n428_ | new_n_n429_;
  assign new_n_n425_ = new_nw_ & new_nv_ & new_n_n19_;
  assign new_n_n417_ = new_ny_ & new_nu_ & new_n_n21_;
  assign new_n_n412_ = new_n_n61_ & new_n_n140_;
  assign new_ng2_ = new_nd0_ & new_n_n131_;
  assign new_n_n399_ = new_nd0_ & new_n_n29_;
  assign new_n_n391_ = new_ns_ & new_nr_ & new_nv_;
  assign new_n_n377_ = new_nw_ & new_nt_ & new_n_n32_;
  assign new_nw2_ = new_nf0_ & new_n_n161_ & new_n_n39_;
  assign new_n_n356_ = new_n_n42_ & new_n_n140_ & new_n_n41_;
  assign new_n_n352_ = new_ns_ & new_ny_;
  assign new_ng3_ = new_n_n143_ & new_n_n46_;
  assign new_n_n340_ = new_n_n129_ & new_n_n63_;
  assign new_n_n331_ = new_n_n48_ & new_n_n124_ & new_n_n47_;
  assign new_n_n325_ = new_n_n52_ & new_n_n121_ & new_n_n50_;
  assign new_n_n315_ = new_ny_ & new_nx_ & new_nw_;
  assign new_n_n307_ = new_n_n64_ & new_nh0_;
  assign new_nc4_ = new_n_n299_ | new_n_n297_ | new_n_n296_ | new_n_n295_ | new_n_n298_ | new_n_n300_;
  assign new_nd4_ = new_nc0_ | new_nd0_;
  assign new_nl4_ = new_nr_ & new_n_n142_ & new_n_n79_;
  assign new_n_n289_ = new_nf0_ & new_ne0_ & new_n_n115_;
  assign new_n_n283_ = new_n_n89_ & new_n_n122_;
  assign new_n_n279_ = new_ne0_ & new_n_n122_ & new_n_n90_;
  assign new_ng5_ = new_nf0_ | new_n_n223_ | new_n_n222_;
  assign new_n_n268_ = new_n_n98_ & new_n_n107_ & new_n_n96_;
  assign new_n_n261_ = new_nq_ & new_n_n105_ & new_n_n104_;
  assign new_n_n252_ = new_n_n116_ & new_nt_;
  assign new_nb6_ = new_n_n122_ | new_n_n121_;
  assign new_n_n242_ = new_nd0_ & new_ne0_;
  assign new_n_n236_ = new_n_n131_ & new_nt_ & new_n_n132_;
  assign new_nl6_ = new_n_n230_ | new_n_n135_;
  assign new_np6_ = new_ns_ & new_nr_ & new_n_n142_;
  assign new_n_n220_ = new_n_n144_ & new_n_n161_;
  assign new_n_n212_ = new_n_n159_ & new_nd_ & new_n_n147_;
  assign new_nb7_ = new_n_n197_ | new_n_n196_ | new_n_n195_;
  assign new_n_n186_ = new_n_n165_ & new_n_n164_ & new_n_n156_;
  assign new_n_n176_ = new_ne_ & new_n_n159_ & new_nh_;
  assign new_n_n171_ = new_nf_ & new_n_n161_;
  assign new_n_n163_ = ~new_ne_;
  assign new_n_n156_ = ~new_nq7_;
  assign new_n_n145_ = ~new_ni0_;
  assign new_n_n138_ = ~new_no6_;
  assign new_n_n127_ = ~new_ng6_;
  assign new_n_n3_ = ~new_nf1_;
  assign new_n_n437_ = new_np_ & new_nv_ & new_nw_;
  assign new_n_n430_ = new_n_n36_ & new_n_n16_;
  assign new_n_n424_ = new_nr_ & new_nv_ & new_n_n19_;
  assign new_na2_ = new_n_n415_ | new_n_n417_ | new_n_n414_ | new_n_n416_;
  assign new_nf2_ = new_n_n406_ | new_n_n405_ | new_n_n404_ | new_n_n403_ | new_n_n410_ | new_n_n408_ | new_n_n407_ | new_n_n409_ | new_n_n411_;
  assign new_n_n403_ = new_n_n36_ & new_n_n24_ & new_n_n23_;
  assign new_n_n398_ = new_n_n28_ & new_nc0_;
  assign new_n_n392_ = new_nx_ & new_nw_ & new_nq_;
  assign new_n_n369_ = new_n_n36_ & new_nc_ & new_n_n34_;
  assign new_ny2_ = new_n_n362_ | new_n_n360_ | new_n_n359_ | new_n_n361_ | new_n_n363_;
  assign new_n_n357_ = new_n_n139_ & new_n_n140_ & new_n_n41_;
  assign new_n_n351_ = new_nx_ & new_nt_;
  assign new_n_n345_ = new_nw_ & new_ns_ & new_n_n45_;
  assign new_n_n339_ = new_n_n131_ & new_n_n61_;
  assign new_n_n332_ = new_n_n140_ & new_n_n124_ & new_n_n47_;
  assign new_n_n324_ = new_n_n62_ & new_n_n51_ & new_n_n50_;
  assign new_n_n316_ = new_nt_ & new_nx_ & new_nw_;
  assign new_n_n306_ = new_n_n64_ & new_n_n65_;
  assign new_nb4_ = new_nr_ & new_nq_ & new_n_n79_;
  assign new_ne4_ = new_n_n143_ | new_n_n139_ | new_n_n140_;
  assign new_nk4_ = new_n_n139_ | new_n_n143_;
  assign new_nq4_ = new_nq_ | new_n_n107_ | new_n_n142_;
  assign new_nu4_ = new_n_n283_ | new_n_n282_ | new_n_n281_;
  assign new_n_n278_ = new_ne0_ & new_n_n91_ & new_n_n90_;
  assign new_nf5_ = new_n_n133_ & new_n_n129_;
  assign new_n_n267_ = new_n_n94_ & new_n_n97_ & new_n_n96_;
  assign new_n_n262_ = new_ne0_ & new_n_n103_ & new_n_n102_;
  assign new_n_n251_ = new_nr_ & new_ns_ & new_n_n116_;
  assign new_ny5_ = new_n_n143_ | new_n_n139_ | new_nm_;
  assign new_nf6_ = new_ng0_ | new_nf0_ | new_n_n127_;
  assign new_nj6_ = new_n_n234_ | new_n_n236_ | new_n_n233_ | new_n_n235_;
  assign new_n_n230_ = new_n_n136_ & new_n_n140_;
  assign new_no6_ = new_n_n141_ | new_n_n143_;
  assign new_n_n219_ = new_n_n144_ & new_nc_;
  assign new_n_n213_ = new_n_n149_ & new_n_n165_ & new_n_n147_;
  assign new_n_n205_ = new_n_n150_ & new_nc_;
  assign new_n_n185_ = new_nd_ & new_n_n164_ & new_n_n156_;
  assign new_n_n177_ = new_nc_ & new_ne_ & new_nh_;
  assign new_n_n170_ = new_ng_ & new_n_n162_;
  assign new_n_n164_ = ~new_nh_;
  assign new_n_n155_ = ~new_ng7_;
  assign new_n_n146_ = ~new_ni_;
  assign new_n_n137_ = ~new_nn6_;
  assign new_n_n128_ = ~new_nh6_;
  assign new_n_n4_ = ~new_ne1_;
  assign new_n_n93_ = ~new_nb5_;
  assign new_n_n82_ = ~new_ng5_;
  assign new_n_n71_ = ~new_na4_;
  assign new_n_n61_ = ~new_nw_;
  assign new_n_n50_ = ~new_no3_;
  assign new_n_n94_ = ~new_ni5_;
  assign new_n_n81_ = ~new_no_;
  assign new_n_n72_ = ~new_nb4_;
  assign new_n_n60_ = ~new_nt3_;
  assign new_n_n51_ = ~new_nn3_;
  assign new_n_n95_ = ~new_nj5_;
  assign new_n_n80_ = ~new_nn_;
  assign new_n_n69_ = ~new_np4_;
  assign new_n_n63_ = ~new_nx_;
  assign new_n_n52_ = ~new_nm3_;
  assign new_n_n96_ = ~new_nn5_;
  assign new_n_n79_ = ~new_nk4_;
  assign new_n_n70_ = ~new_nc4_;
  assign new_n_n62_ = ~new_nv_;
  assign new_n_n53_ = ~new_nr3_;
  assign new_n_n0_ = ~new_nt6_;
  assign new_n_n97_ = ~new_nm5_;
  assign new_n_n43_ = ~new_ni3_;
  assign new_n_n32_ = ~new_ns2_;
  assign new_n_n21_ = ~new_nd2_;
  assign new_n_n10_ = ~new_nk3_;
  assign new_n_n98_ = ~new_nk5_;
  assign new_n_n42_ = ~new_nb3_;
  assign new_n_n33_ = ~new_nu2_;
  assign new_n_n20_ = ~new_ne2_;
  assign new_n_n11_ = ~new_nj3_;
  assign new_n_n41_ = ~new_nd3_;
  assign new_n_n30_ = ~new_nq2_;
  assign new_n_n23_ = ~new_ni2_;
  assign new_n_n12_ = ~new_nw3_;
  assign new_n_n40_ = ~new_na3_;
  assign new_n_n31_ = ~new_nn2_;
  assign new_n_n22_ = ~new_ng2_;
  assign new_n_n13_ = ~new_nh5_;
  assign new_n_n68_ = ~new_nq4_;
  assign new_n_n58_ = ~new_na0_;
  assign new_n_n47_ = ~new_ns3_;
  assign new_n_n36_ = ~new_nw1_;
  assign new_n_n25_ = ~new_nr2_;
  assign new_n_n14_ = ~new_nh1_;
  assign new_n_n67_ = ~new_no4_;
  assign new_n_n59_ = ~new_nz2_;
  assign new_n_n46_ = ~new_ny_;
  assign new_n_n37_ = ~new_nf3_;
  assign new_n_n24_ = ~new_nh2_;
  assign new_n_n15_ = ~new_nj1_;
  assign new_n_n88_ = ~new_nt4_;
  assign new_n_n77_ = ~new_ni4_;
  assign new_n_n45_ = ~new_ng3_;
  assign new_n_n34_ = ~new_nw2_;
  assign new_n_n27_ = ~new_nk2_;
  assign new_n_n16_ = ~new_nu1_;
  assign new_n_n87_ = ~new_nw4_;
  assign new_n_n78_ = ~new_nj4_;
  assign new_n_n44_ = ~new_nh3_;
  assign new_n_n35_ = ~new_nv2_;
  assign new_n_n26_ = ~new_nz1_;
  assign new_n_n17_ = ~new_na2_;
  assign new_n_n89_ = ~new_nc5_;
  assign new_n_n86_ = ~new_nx4_;
  assign new_n_n75_ = ~new_ng4_;
  assign new_n_n64_ = ~new_nz3_;
  assign new_n_n54_ = ~new_nb_;
  assign new_n_n29_ = ~new_nl2_;
  assign new_n_n18_ = ~new_nx1_;
  assign new_n_n90_ = ~new_ny4_;
  assign new_n_n85_ = ~new_ns4_;
  assign new_n_n76_ = ~new_nh4_;
  assign new_nj0_ = ~new_nh0_;
  assign new_n_n55_ = ~new_nz_;
  assign new_n_n28_ = ~new_nm2_;
  assign new_n_n19_ = ~new_ny1_;
  assign new_n_n91_ = ~new_nd4_;
  assign new_n_n84_ = ~new_nv4_;
  assign new_n_n73_ = ~new_nl4_;
  assign new_n_n66_ = ~new_nr4_;
  assign new_n_n56_ = ~new_np3_;
  assign new_n_n49_ = ~new_nu_;
  assign new_n_n38_ = ~new_ne3_;
  assign new_n_n92_ = ~new_nz4_;
  assign new_n_n83_ = ~new_nu4_;
  assign new_n_n74_ = ~new_nf4_;
  assign new_n_n65_ = ~new_ny3_;
  assign new_n_n57_ = ~new_nq3_;
  assign new_n_n48_ = ~new_nc3_;
  assign new_n_n39_ = ~new_ny2_;
endmodule